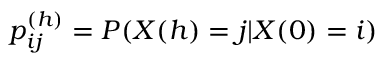
p _ { i j } ^ { ( h ) } = P ( X ( h ) = j | X ( 0 ) = i )